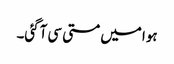
ہوا میں مستی سی آگئی۔